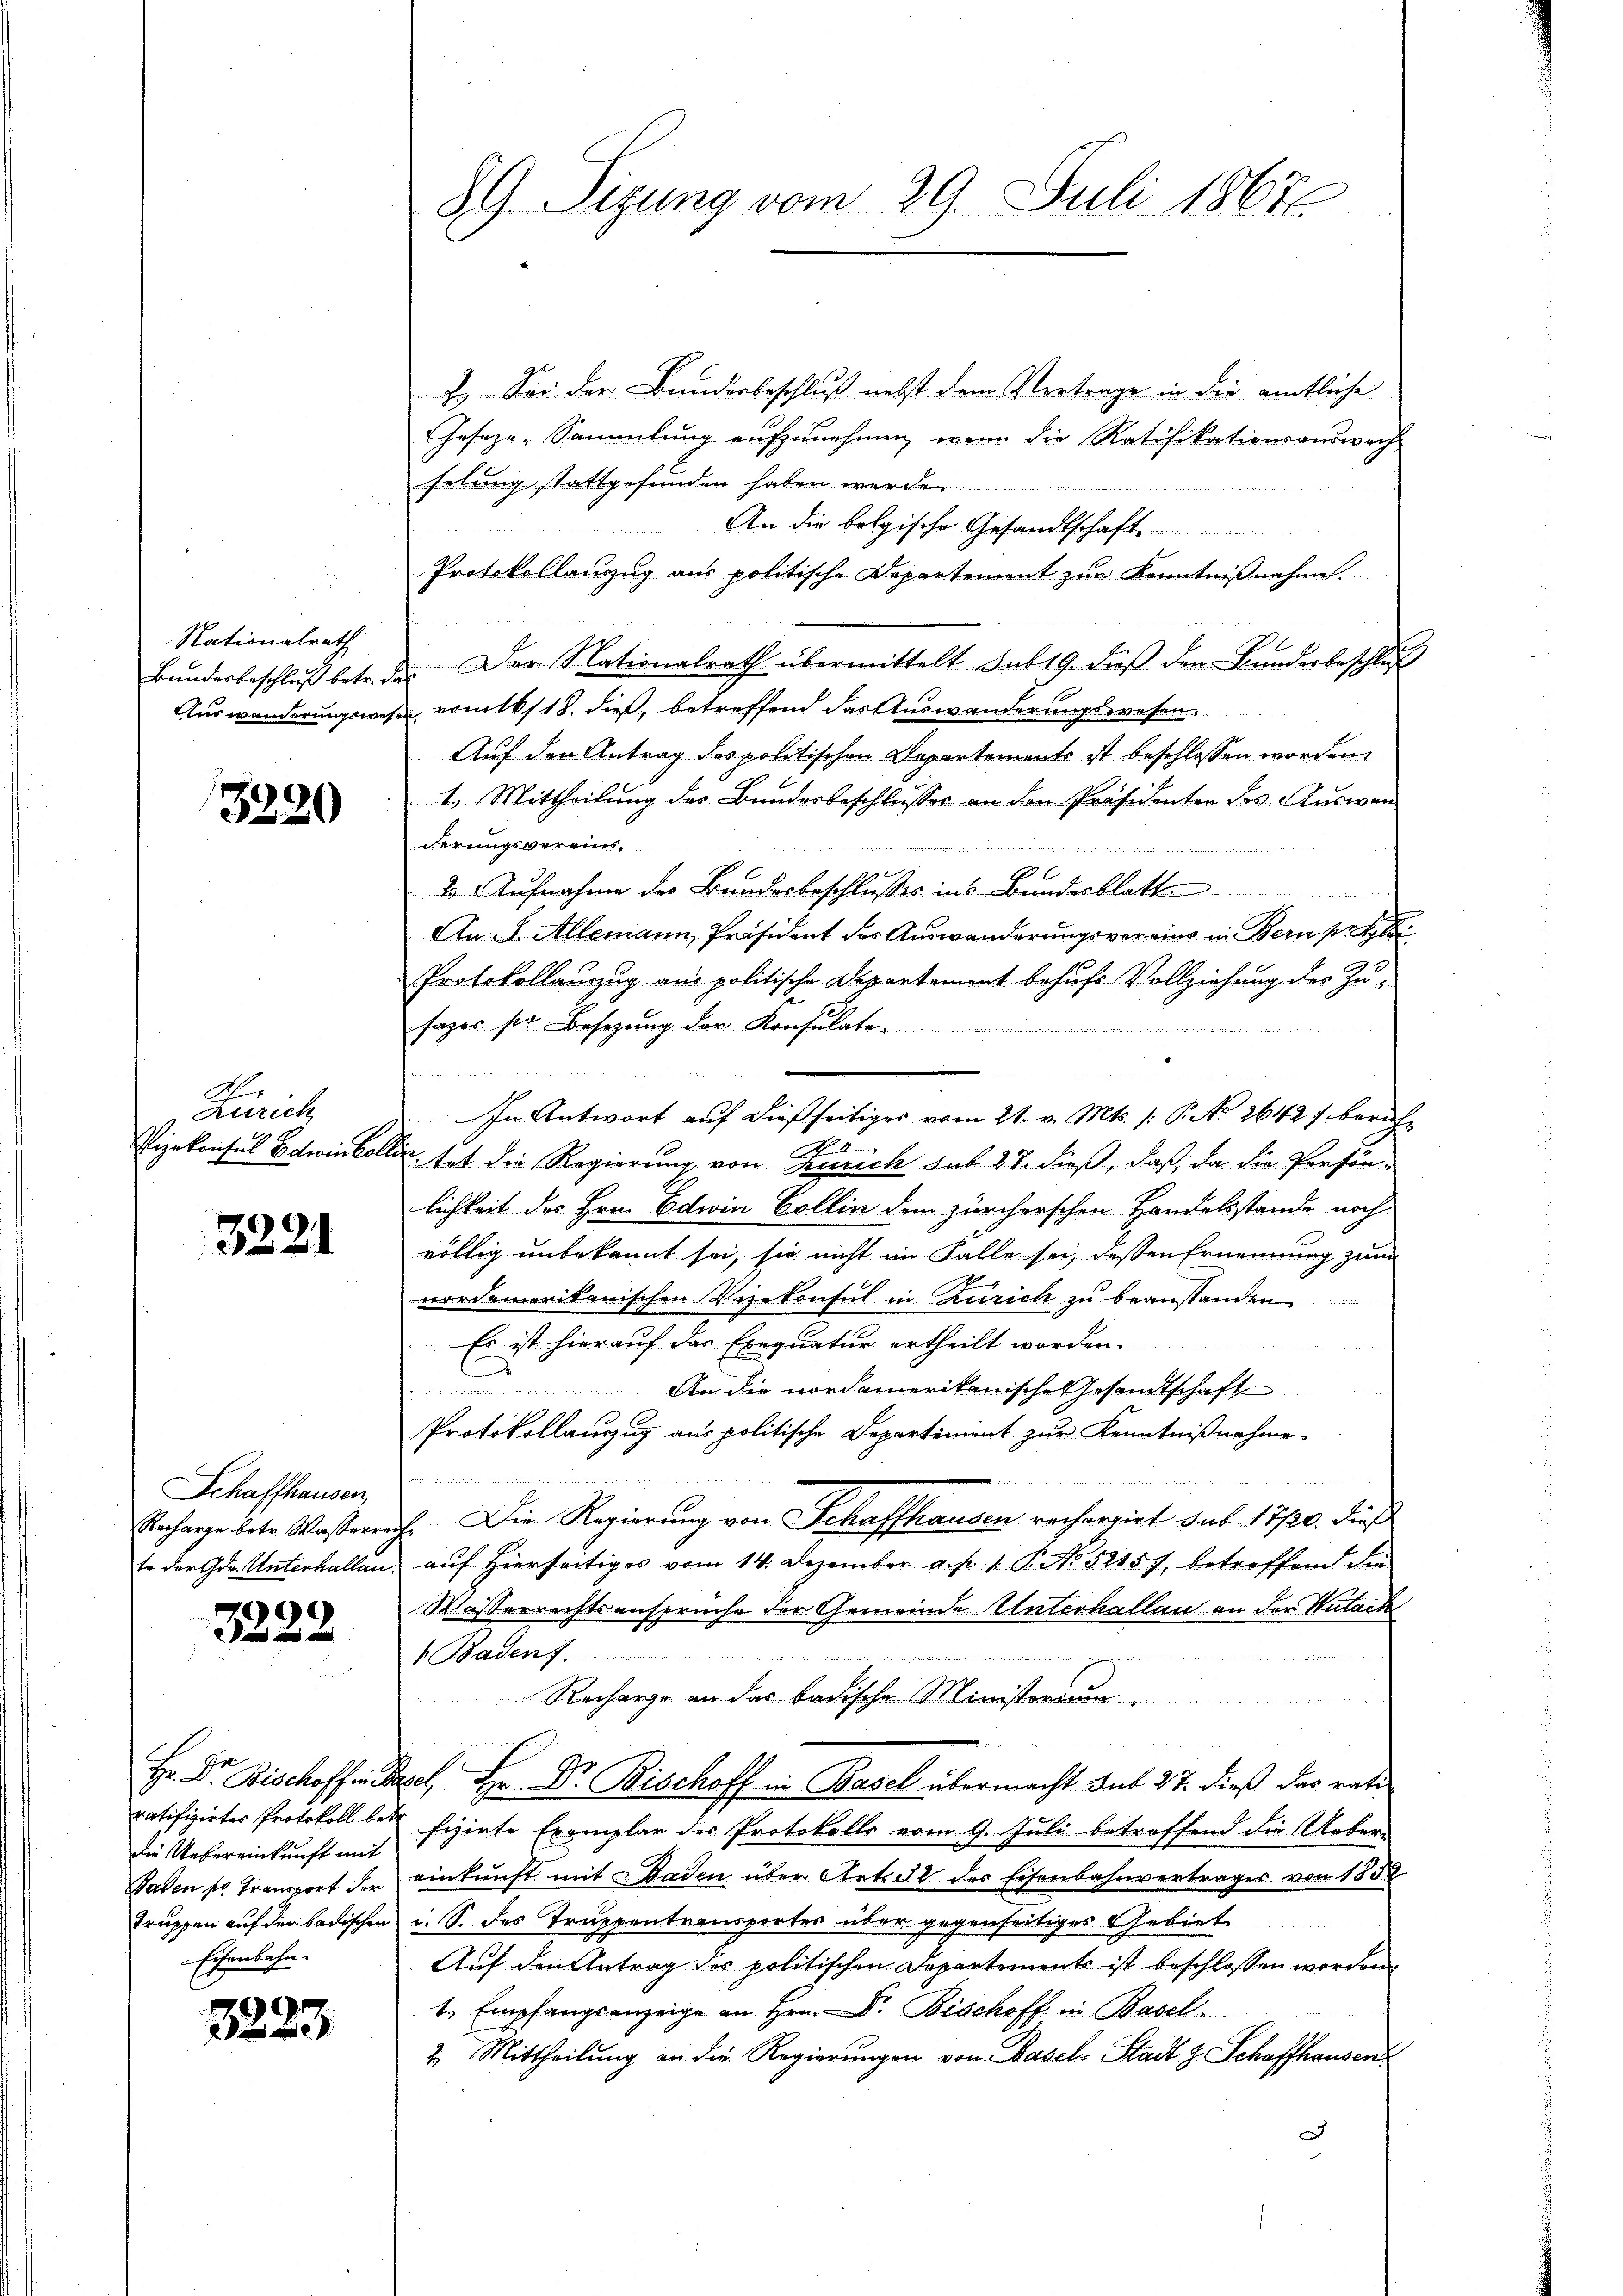
Nationalrath
Bundesbeschluß betr. d.
Auswanderungswes

3320

Ao.
Ausrich
Vizekonsul Bolivin Coll

3221

Schaffhausen,
Recharge betr. Wasserre
te der Ger. Unterhallen.

99

Hr. Dr. Bischoffen
patifizirtes Protokoll bedie Uebereinkunft mit
Baden so transport der
truppen auf der badischen
Eisenbahn.

3223

89. Sizung vom 29. Juli 18676.

2.) Sei der Bunderbeschluß nebst dem Vertrage in der amtliche
Geseze-Sammlung aufzunehmen, wenn die Ratifikationsauswech-
selung stattgefunden haben werde.
An die belgische Gesandtschaft
Protokollanzug aus politische Departement zur Kenntnißnahme.
1
 Der Nationalrath übermittelt sub 19. dieβ den Bundesbeschlŭ
 vom 18. dieß, betreffend das Auswanderungswesen.
Auf den Antrag des politischen Departements ist beschlossen worden,
1. Mittheilung der Bundesbeschlusses an den Präsidenten des Auswanderungsvereins.
2. Aufnahme des Bundesbeschlusses ins Bundesblatten
An S. Allemann, Präsident des Auswanderungsvereins in Bern pet
Protokollanzug aus politische Departement behufs Vollziehung der Zusages so Besetzung der Konsulate

u
In Antwort auf dießseitiger vom 21. v. Mts. /: P. No 2642 f berich¬
. tat die Regierung von Zeich sub 27. dieß, daß da die Personlichkeit des Hrn. Edwin Collin dem zürcherschen Handelsstande noch
völlig unbekannt sei, sie nicht im Falle sei, dessen Ernennung zum
nordamerikanischen Vizekonsul in Zürich zu beanstanden.
Es ist hierauf das Exequatur ertheilt worden
d
An die nordamerikanische Gesandtschaft
Protokollauszug aus politische Departement zur Kenntnißnahme
t

E. Die Regierung von Schaffhausen rechargirt sub 17/20. dieß
auf hierseitiges vom 14. Dezember a. p. 1. P. No. 52157, betreffend die
Masserrechtsanspruche der Gemeinde Unterhallau an der Nutach
 Badenf
dere er war werde wir winder in den der es an die ein, in Wie es in
Recharge an das badische Ministerium
e
Rpel. Hr. Dr. Bischoff in Basel übermacht sub 27. dieß das ratifizirte Exemplar der Protokolls vom 9. Juli betroffend die Ueber-
einkunft mit Gaden über Art. 3 des Eisenbahnvertrages von 153
u. S. des Truppentransportes über gegenseitiges Gebiete
Auf den Antrag des politischen Departements ist beschlossen worden,
t Empfangsanzeige an Hrn. Dr. Bischoff in Basel.
2. Mittheilung an die Regierungen von Basel-Stadt z. Schaffhausen
¬